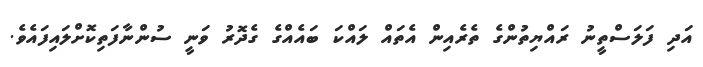
އަދި ފަލަސްތީނު ރައްޔިތުންގެ ތެރެއިން އެތައް ލައްކަ ބައެއްގެ ގެދޮރު ވަނީ ސުންނާފަތިކޮށްލައިފައެވެ.